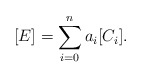
\begin{align*}[E] = \sum_{i = 0}^n a_i [C_i].\end{align*}